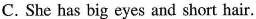
C.She has big eyes and short hair.